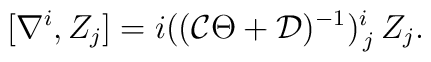
[\nabla^i, Z_j] = i(({\cal C}\Theta + {\cal D})^{-1})^i_{\,j}\, Z_j.